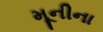
મૂનીના